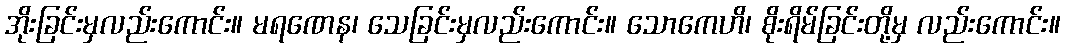
အိုးခြင်းမှလည်းကောင်း။ မရဏေန၊ သေခြင်းမှလည်းကောင်း။ သောကေဟိ၊ စိုးရိမ်ခြင်းတို့မှ လည်းကောင်း။